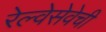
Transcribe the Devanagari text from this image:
रेल्वेसेवेची